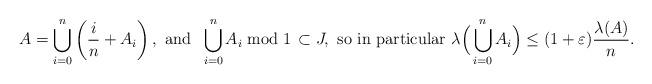
LaTeX: \begin{align*}A= \bigcup_{i=0}^{n}\left(\frac{i}{n}+A_i\right),\textrm{ and }\; \bigcup_{i=0}^{n} A_i \bmod 1 \,\subset J, \textrm{ so in particular } \lambda\Big(\bigcup_{i=0}^{n} A_i\Big)\leq (1+\varepsilon)\frac{\lambda(A)}{n}.\end{align*}